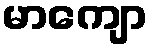
မာကျော